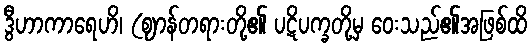
ဒွီဟာကာရေဟိ၊ (ဈာန်တရားတို့၏ ပဋိပက္ခတို့မှ ဝေးသည်၏အဖြစ်ထိ